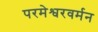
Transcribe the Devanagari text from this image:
परमेश्वरवर्मन